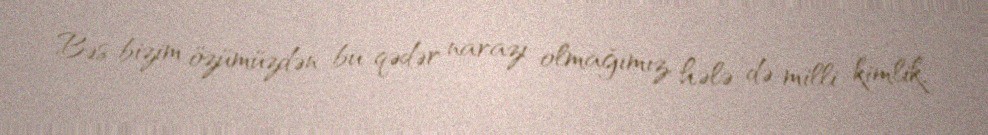
Bəs bizim özümüzdən bu qədər narazı olmağımız, hələ də milli kimlik,